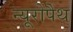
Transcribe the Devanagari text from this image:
न्यूरोपैथ